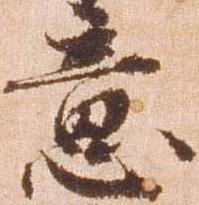
意